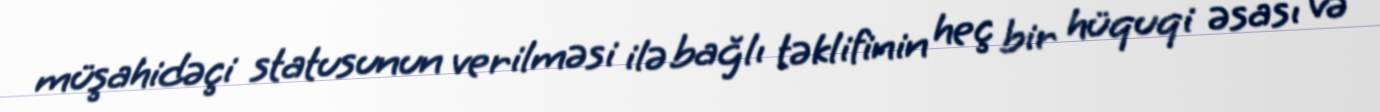
müşahidəçi statusunun verilməsi ilə bağlı təklifinin heç bir hüquqi əsası və